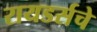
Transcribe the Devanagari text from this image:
रायडर्सचे